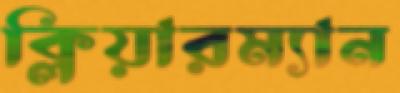
ক্লিয়ারম্যান